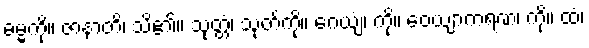
ဓမ္မကို။ ဇာနာတိ၊ သိ၏။ သုတ္တံ၊ သုတ်ကို။ ဂေယျံ၊ ကို။ ဝေယျာကရဏံ၊ ကို။ ထံ၊